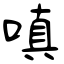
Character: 嗔